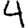
Digit: 4